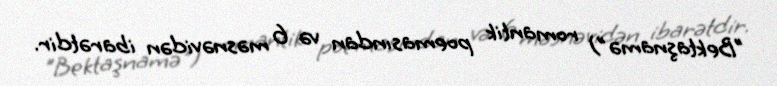
"Bektaşnamə") romantik poemasından və 6 məsnəvidən ibarətdir.